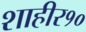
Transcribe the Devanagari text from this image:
शाहीर१०